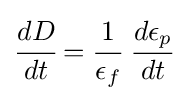
{\cfrac {dD}{dt}}={\cfrac {1}{\epsilon _{f}}}~{\cfrac {d\epsilon _{p}}{dt}}